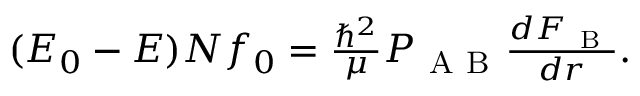
\begin{array} { r } { ( E _ { 0 } - E ) N f _ { 0 } = \frac { \hbar ^ { 2 } } { \mu } P _ { \mathrm { ~ A ~ B ~ } } \frac { d F _ { \mathrm { ~ B ~ } } } { d r } . } \end{array}